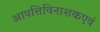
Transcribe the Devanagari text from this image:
आपत्तिविनाशकएवं